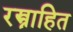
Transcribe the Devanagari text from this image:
रस्त्राहित